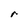
Character: r